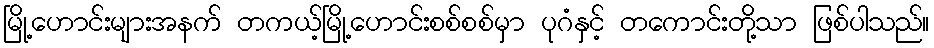
မြို့ဟောင်းများအနက် တကယ့်မြို့ဟောင်းစစ်စစ်မှာ ပုဂံနှင့် တကောင်းတို့သာ ဖြစ်ပါသည်။